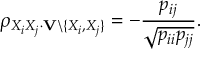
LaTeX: \rho _ { X _ { i } X _ { j } \cdot \mathbf { V } \setminus \{ X _ { i } , X _ { j } \} } = - { \frac { p _ { i j } } { \sqrt { p _ { i i } p _ { j j } } } } .